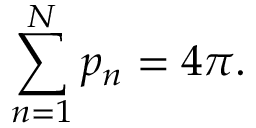
\sum _ { n = 1 } ^ { N } p _ { n } = 4 \pi .